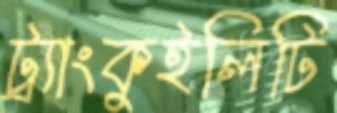
ট্র্যাংকুইলিটি